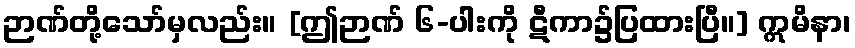
ဉာဏ်တို့သော်မှလည်း။ [ဤဉာဏ် ၆-ပါးကို ဋီကာ၌ပြထားပြီ။] ဣမိနာ၊